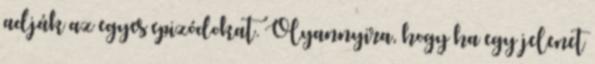
adják az egyes epizódokat. Olyannyira, hogy ha egy jelenet